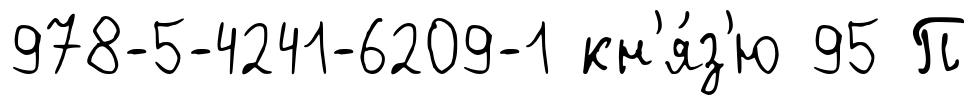
978-5-4241-6209-1 кн'я́з'ю 95 П